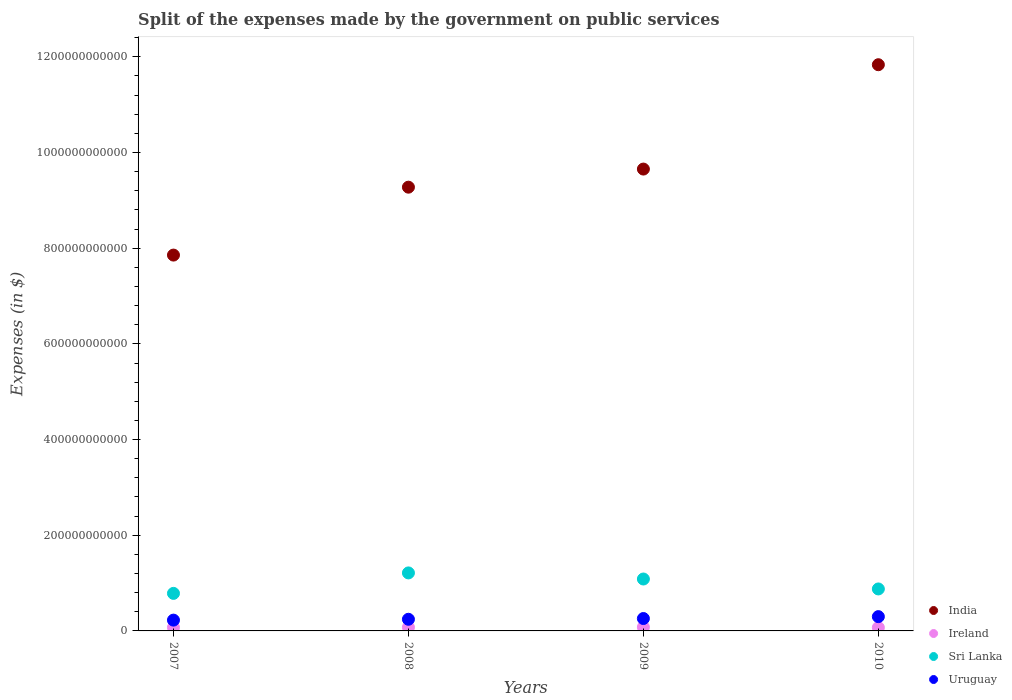
| Years | India | Ireland | Sri Lanka | Uruguay |
 | --- | --- | --- | --- | --- |
 | 2007 | 7.86e+11 | 7.32e+09 | 7.85e+10 | 2.26e+10 |
 | 2008 | 9.28e+11 | 7.59e+09 | 1.21e+11 | 2.44e+10 |
 | 2009 | 9.65e+11 | 7.87e+09 | 1.09e+11 | 2.59e+10 |
 | 2010 | 1.18e+12 | 7.05e+09 | 8.77e+10 | 2.99e+10 |